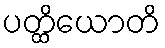
ပတ္ထိယောတိ